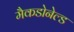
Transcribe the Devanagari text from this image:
मैकडोनेल्ड